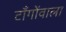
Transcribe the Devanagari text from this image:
टाँगोंवाला